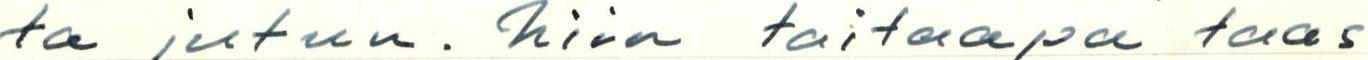
ta jutun. niin taitaapa taas